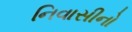
નિવાસીનો